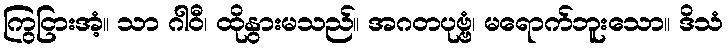
ကြွငြားအံ့။ သာ ဂါဝီ၊ ထိုနွားမသည်။ အဂတပုဗ္ဗံ၊ မရောက်ဘူးသော။ ဒိသံ